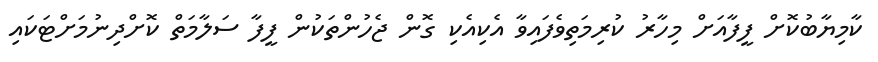
ކާމިޔާބުކޮށް ފީފާއަށް މިހާރު ކުރިމަތިވެފައިވާ އެކިއެކި ގޮން ޖެހުންތަކުން ފީފާ ސަލާމަތް ކޮށްދިނުމަށްޓަކައި